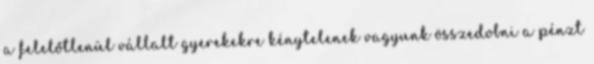
a felelőtlenül vállalt gyerekekre kénytelenek vagyunk összedobni a pénzt